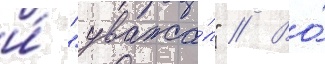
и́ "уважа́л" // Во́